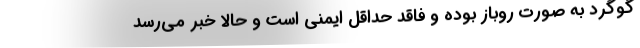
گوگرد به صورت روباز بوده و فاقد حداقل ایمنی است و حالا خبر می‌رسد